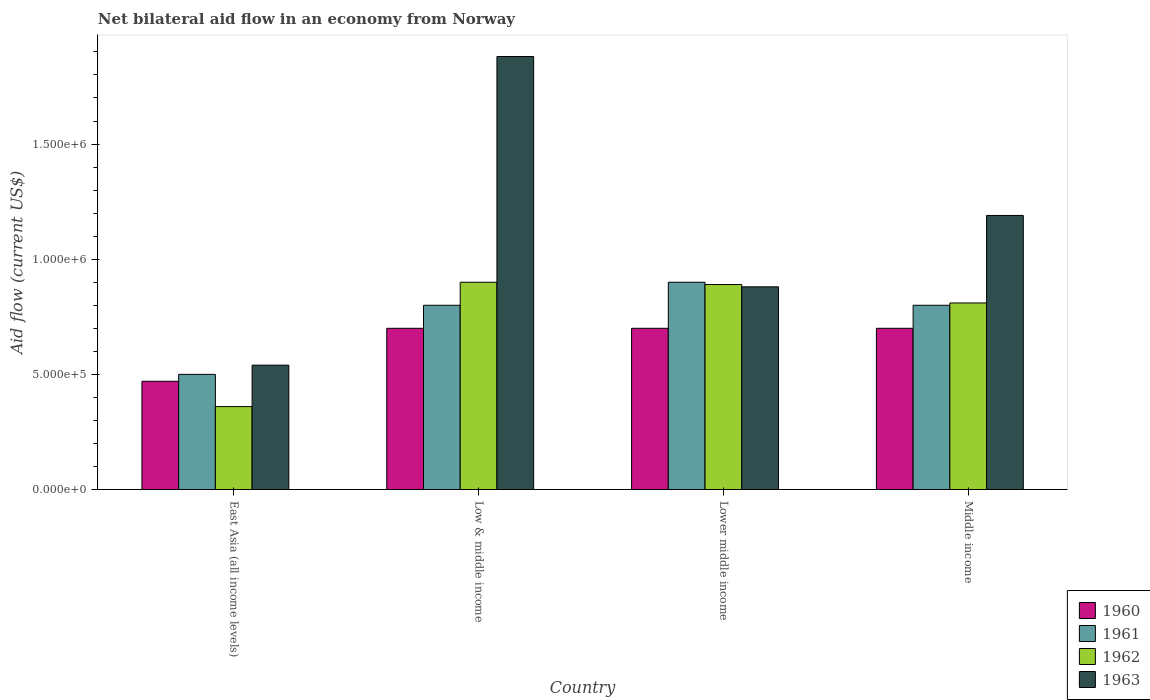
| Country | 1960 | 1961 | 1962 | 1963 |
 | --- | --- | --- | --- | --- |
 | East Asia (all income levels) | 4.7e+05 | 5e+05 | 3.6e+05 | 5.4e+05 |
 | Low & middle income | 7e+05 | 8e+05 | 9e+05 | 1.88e+06 |
 | Lower middle income | 7e+05 | 9e+05 | 8.9e+05 | 8.8e+05 |
 | Middle income | 7e+05 | 8e+05 | 8.1e+05 | 1.19e+06 |